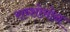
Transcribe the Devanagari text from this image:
राव्शोमोन